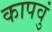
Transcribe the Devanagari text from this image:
कापवुं